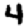
Digit: 4